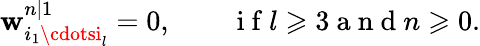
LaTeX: \mathbf{w}_{i_{1}\cdotsi_{l}}^{n|1}=0,\qquad\mathrm{{~i~f~}}l\geqslant3\mathrm{{~a~n~d~}}n\geqslant0.